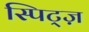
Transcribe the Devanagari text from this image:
स्पिट्ज़